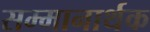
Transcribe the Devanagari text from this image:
सम्मानार्थक